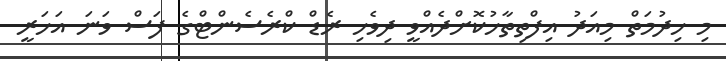
މި ހިދުމަތް މިއަދު އިފްތިތާހުކޮށްދެއްވީ ދިވެހި ރެޑް ކްރެސެންޓްގެ ފަސް ވަނަ އަހަރީ